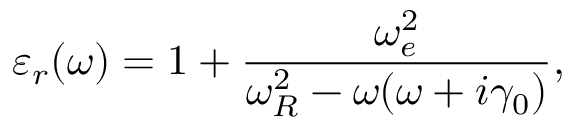
\varepsilon _ { r } ( \omega ) = 1 + \frac { \omega _ { e } ^ { 2 } } { \omega _ { R } ^ { 2 } - \omega ( \omega + i \gamma _ { 0 } ) } ,